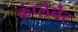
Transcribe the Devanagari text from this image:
कंप्लेनेट